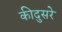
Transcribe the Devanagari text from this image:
कीदुसरे